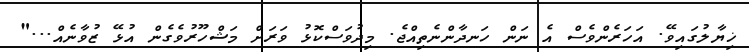
ޚިޔާލުގައިވޭ. އަހަރެންވެސް އެ ނަން ހަނދާންނެތިއްޖެ. މިދުވަސްކޮޅު ވަރަށް މަޝްހޫރުވެގެން އުޅޭ ޒުވާނެއް..."